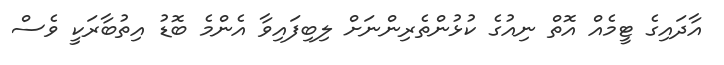
އާދައިގެ ޓީމެއް އޮތް ނިއުގެ ކުޅުންތެރިންނަށް ލިބިފައިވާ އެންމެ ބޮޑު އިތުބާރަކީ ވެސް